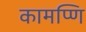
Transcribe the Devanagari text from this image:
कामप्णि